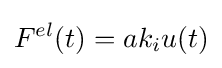
F^{el}(t)=ak_{i}u(t)